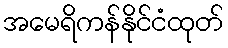
အမေရိကန်နိုင်ငံထုတ်